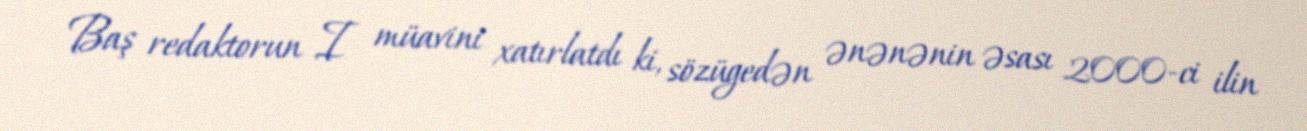
Baş redaktorun I müavini xatırlatdı ki, sözügedən ənənənin əsası 2000-ci ilin